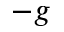
- \boldsymbol { g }